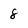
Character: 8